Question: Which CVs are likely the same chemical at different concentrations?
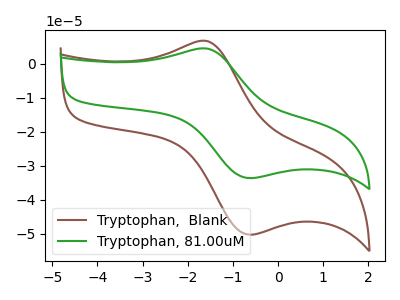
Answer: <think>The brown curve "Tryptophan,  Blank" has an anodic peak at (-1.55V, 6.70uA) and a cathodic peak at (-0.60V, -50.25uA). The green curve "Tryptophan, 81.00uM" has an anodic peak at (-1.55V, 4.45uA) and a cathodic peak at (-0.60V, -33.60uA).
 All the peaks in "Tryptophan,  Blank" have a peak in "Tryptophan, 81.00uM" at the same potential. Every peak in "Tryptophan,  Blank" is higher than every peak in "Tryptophan, 81.00uM".</think>
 <answer>"Tryptophan, 81.00uM" and "Tryptophan,  Blank" have the same shape and are likely CV's of the same chemical.</answer>
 <eval>"Tryptophan, 81.00uM" "Tryptophan,  Blank"</eval>